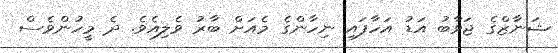
ޝަނާޒްގެ ޖަވާބު އަޑު އަހާފައި ނިހާންގެ މެއަށް ބާރު ވެލިއެވެ. ދެ މީހުންވެސް